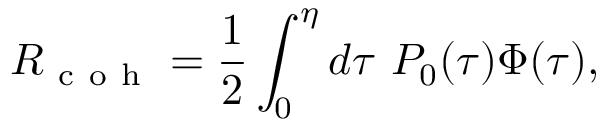
R _ { \mathrm { ~ c ~ o ~ h ~ } } = \frac { 1 } { 2 } \int _ { 0 } ^ { \eta } d \tau ~ P _ { 0 } ( \tau ) \Phi ( \tau ) ,